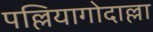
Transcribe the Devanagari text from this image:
पल्लियागोदाल्ला